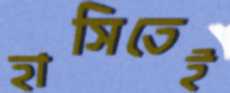
হাসিতেই